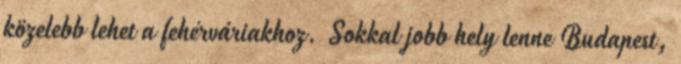
közelebb lehet a fehérváriakhoz. Sokkal jobb hely lenne Budapest,